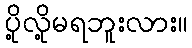
ပို့လို့မရဘူးလား။